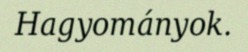
Hagyományok.